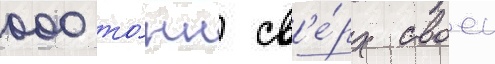
000 то́нн св'е́рх своеи